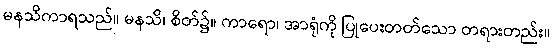
မနသိကာရသည်။ မနသိ၊ စိတ်၌။ ကာရော၊ အာရုံကို ပြုပေးတတ်သော တရားတည်း။